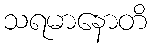
သရမာနောတိ